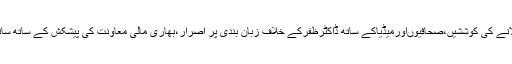
10 مئی2018ء) ظفرہسپتال انتظامیہ اورمقامی سیاسی قائدین کامعمر خاتون اوراہلِ خانہ کودبائومیںلانے کی کوششیں،صحافیوںاورمیڈیاکے ساتھ ڈاکٹرظفرکے خلاف زبان بندی پر اصرار،بھاری مالی معاونت کی پیشکش کے ساتھ ساتھ برادری سے بے دخلی کی دھمکیاں،مظلوم خاندان کی چیف جسٹس آف پاکستان سے انصاف کی اپیل۔